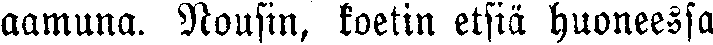
aamuna. Nousin, koetin etsiä huoneessa